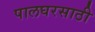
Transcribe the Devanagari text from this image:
पालघरसाठी